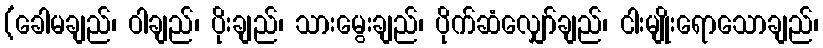
(ခေါမချည်၊ ဝါချည်၊ ပိုးချည်၊ သားမွေးချည်၊ ပိုက်ဆံလျှော်ချည်၊ ငါးမျိုးရောသောချည်၊